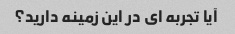
آیا تجربه ای در این زمینه دارید؟